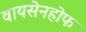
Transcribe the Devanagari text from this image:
वायसेनहोफ